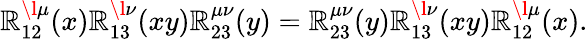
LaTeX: \mathbb{R}_{12}^{\l\mu}(x)\mathbb{R}_{13}^{\l\nu}(xy)\mathbb{R}_{23}^{\mu\nu}(y)=\mathbb{R}_{23}^{\mu\nu}(y)\mathbb{R}_{13}^{\l\nu}(xy)\mathbb{R}_{12}^{\l\mu}(x).